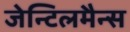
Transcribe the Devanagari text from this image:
जेन्टिलमैन्स